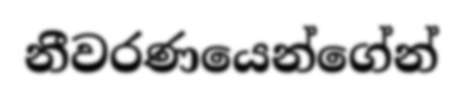
නීවරණයෙන්ගේන්